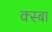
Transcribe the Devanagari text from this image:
क्स्बा